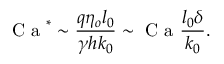
\mathrm { ~ C ~ a ~ } ^ { * } \sim \frac { q \eta _ { o } l _ { 0 } } { \gamma h k _ { 0 } } \sim \mathrm { ~ C ~ a ~ } \frac { l _ { 0 } \delta } { k _ { 0 } } .